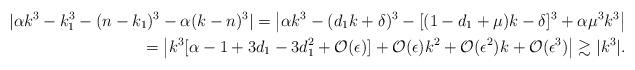
LaTeX: \begin{align*}| \alpha k^3 - k_1^3 - (n-k_1)^3 - \alpha (k-n)^3 | = \left| \alpha k^3 - (d_1k + \delta)^3 - [(1-d_1 + \mu)k - \delta] ^3 + \alpha \mu^3 k^3 \right| \\=\left| k^3[\alpha - 1 + 3d_1 - 3d_1^2 + \mathcal{O}(\epsilon)] + \mathcal{O}(\epsilon)k^2 +\mathcal{O}(\epsilon^2)k + \mathcal{O}(\epsilon^3) \right| \gtrsim |k^3|.\end{align*}